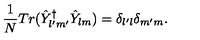
\frac { 1 } { N } T r ( \hat { Y } _ { l ^ { \prime } m ^ { \prime } } ^ { \dagger } \hat { Y } _ { l m } ) = \delta _ { l ^ { \prime } l } \delta _ { m ^ { \prime } m } .